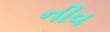
નીવ